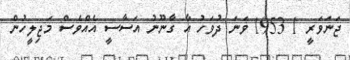
ޖަނަވަރީ 1 1953 ވަނަ ދުވަހު އާ ގާނޫނު އަސާސީ އެއްވެސް މަޖިލީހުން